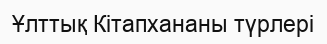
Ұлттық Кітапхананы түрлері